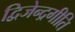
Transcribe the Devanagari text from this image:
द्विजेन्द्रगीति